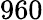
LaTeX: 960